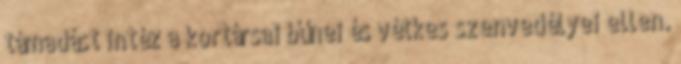
támadást intéz a kortársai bűnei és vétkes szenvedélyei ellen.